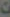
ت